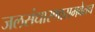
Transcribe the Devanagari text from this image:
जलसंधारणासमवेतच